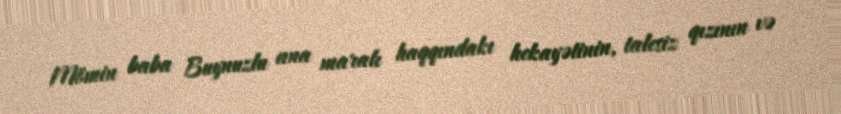
Mömin baba Buynuzlu ana maralı haqqındakı hekayətinin, talesiz qızının və